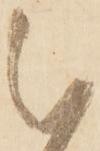
被